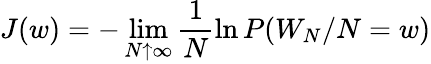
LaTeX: J(w)=-\operatorname*{lim}_{N\uparrow\infty}\frac{1}{N}\ln P(W_{N}/N=w)